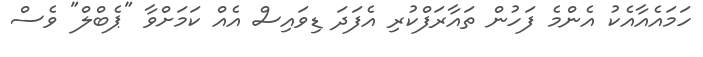
ހަމައެއާއެކު އެންމެ ފަހުން ތައާރަފްކުރި އެފަދަ ޑިވައިސް އެއް ކަމަށްވާ "ޕެބްލް" ވެސް